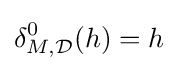
\delta _{M,{\mathcal {D}}}^{0}(h)=h